Vaccination in Bombay 1902-1912 - 1902-1912
Year: 1902
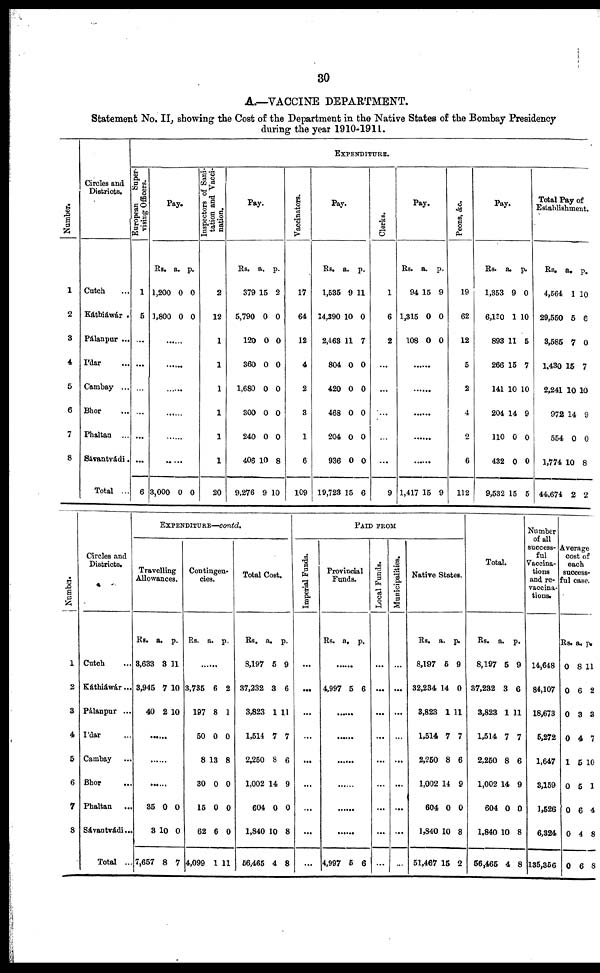
30
A.—VACCINE DEPARTMENT.
Statement No. II, showing the Cost of the Department in the Native States of the Bombay Presidency
during the year 1910-1911.
Number.
1
2
3
4
5
6
7
8
Circles and
Districts.
Cutch ...
Káthiáwár .
Pálanpur ...
I'dar ...
Cambay ...
Bhor ...
Phaltan ...
Sávantvádi.
Total ...
European
Super-
vising Officers.
1
5
...
...
...
...
...
...
6
EXPENDITURE.
Pay.
Rs.
1,200
1,800
a.
0
0
p.
0
0
......
......
......
......
......
......
3,000 0 0
Inspectors of Sani-
tation and Vacci-
nation.
2
12
1
1
1
1
1
1
20
Pay.
Rs.
379
5,790
120
360
1,680
300
240
406
9,276
a.
15
0
0
0
0
0
0
10
9
p.
2
0
0
0
0
0
0
8
10
Vaccinators.
17
64
12
4
2
3
1
6
109
Pay.
Rs.
1,535
14,390
2,463
804
420
468
204
936
19,723
a.
9
10
11
0
0
0
0
0
15
p.
11
0
7
0
0
0
0
0
6
Clerks.
1
6
2
...
...
...
...
...
9
Pay.
Rs.
94
1,315
108
a.
15
0
0
p.
9
0
0
......
......
......
......
......
1,417 15 9
Peons, &c.
19
62
12
5
2
4
2
6
112
Pay.
Rs.
1,353
6,130
893
266
141
204
110
432
9,532
a.
9
1
11
15
10
14
0
0
15
p.
0
10
5
7
10
9
0
0
5
Total Pay of
Establishment.
Rs.
4,564
29,550
3,585
1,430
2,241
972
554
1,774
44,674
a.
1
5
7
15
10
14
0
10
2
p.
10
6
0
7
10
9
0
8
2
Number.
1
2
3
4
5
6
7
8
Circles and
Districts.
Cutch ...
Káthiáwár...
Pálanpur ...
I'dar ...
Cambay ...
Bhor ...
Phaltan
...
Sávantvádi...
Total ...
EXPENDITURE—contd.
Travelling
Allowances.
Rs.
3,633
3,945
40
a.
3
7
2
p.
11
10
10
......
......
......
35
3
7,657
0
10
8
0
0
7
Contingen-
cies.
Rs. a. p.
......
3,735
197
50
8
80
15
62
4,099
6
8
0
13
0
0
6
1
2
1
0
8
0
0
0
11
Total Cost.
Rs.
8,197
37,232
3,823
1,514
2,250
1,002
604
1,840
56,465
a.
5
3
1
7
8
14
0
10
4
p.
9
6
11
7
6
9
0
8
8
PAID FROM
Imperial Funds.
...
...
...
...
...
...
...
...
...
Provincial
Funds.
Rs. a. p.
......
4,997 5 6
......
......
......
......
......
......
4,997 5 6
Local Funds.
...
...
...
...
...
...
...
...
...
Municipalities.
...
...
...
...
...
...
...
...
...
Native States.
Rs.
8,197
32,234
3,823
1,514
2,250
1,002
604
1,840
51,467
a.
5
14
1
7
8
14
0
10
15
p.
9
0
11
7
6
9
0
8
2
Total.
Rs.
8,197
37,232
3,823
1,514
2,250
1,002
604
1,840
56,465
a.
5
3
1
7
8
14
0
10
4
p.
9
6
11
7
6
9
0
8
8
Number
of all
success-
ful
Vaccina-
tions
and re¬
vaccina-
tions.
14,648
84,107
18,673
5,272
1,647
3,159
1,526
6,324
135,356
Average
cost of
each
success-
ful case.
Rs.
0
0
0
0
1
0
0
0
0
a.
8
6
3
4
5
5
6
4
6
p.
11
2
3
7
10
1
4
8
8